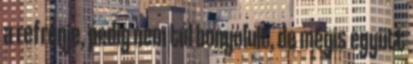
a refrénje, pedig nem túl bonyolult, de mégis együtt